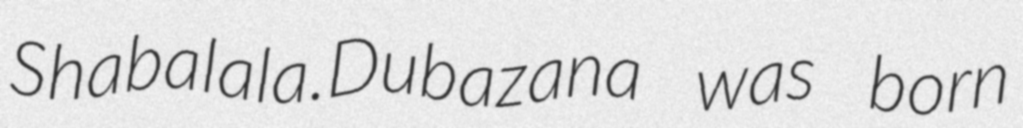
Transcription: Shabalala.Dubazana was born